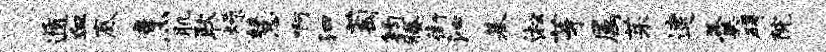
遁血底烹肌耿燥慧啊泗萄钧腾街沁基淞芽属茱逮羹碍院